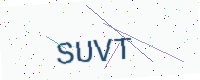
Text: SUVT